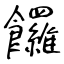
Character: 饠